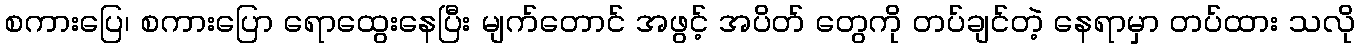
စကားပြေ၊ စကားပြော ရောထွေးနေပြီး မျက်တောင် အဖွင့် အပိတ် တွေကို တပ်ချင်တဲ့ နေရာမှာ တပ်ထား သလို